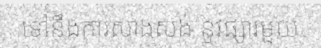
ទៅនឹងការសាងសង់ នូវផ្សារមួយ